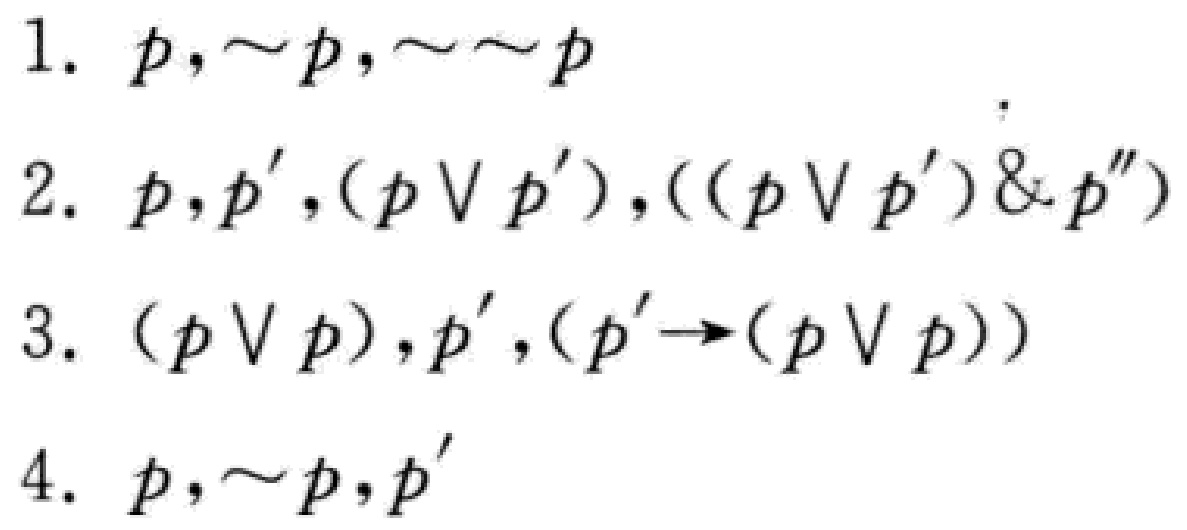
1. \(p,\sim p,\sim\sim p\)

2. \(p,p',(p\vee p'),((p\vee p')\& p'')\)

3. \((p\vee p),p',(p'\to(p\vee p))\)

4. \(p,\sim p,p'\)